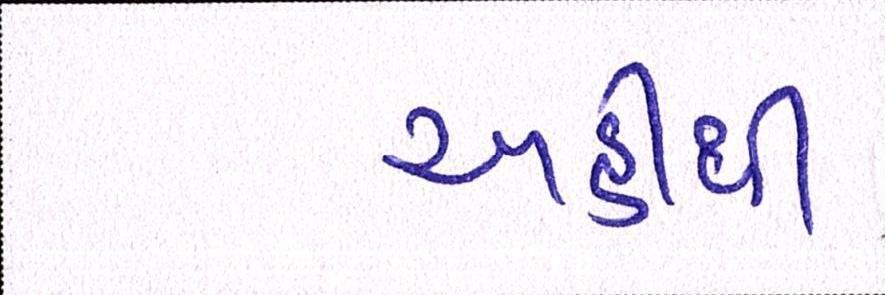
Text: અહીંથી